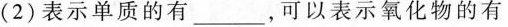
(2)表示单质的有_-，可以表示氧化物的有